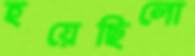
হয়েছিলো